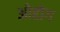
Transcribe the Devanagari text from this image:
ओद्दोग